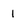
Character: 1